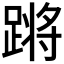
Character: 𬧀